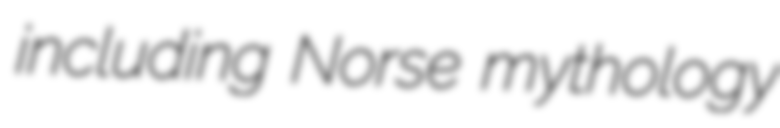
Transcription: including Norse mythology